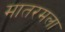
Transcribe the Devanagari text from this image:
मातरमला